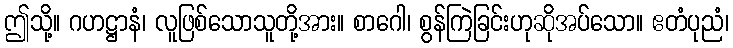
ဤသို့။ ဂဟဋ္ဌာနံ၊ လူဖြစ်သောသူတို့အား။ စာဂေါ၊ စွန်ကြဲခြင်းဟုဆိုအပ်သော။ ဧတံပုညံ၊